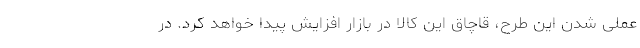
عملی شدن این طرح، قاچاق این کالا در بازار افزایش پیدا خواهد کرد. در